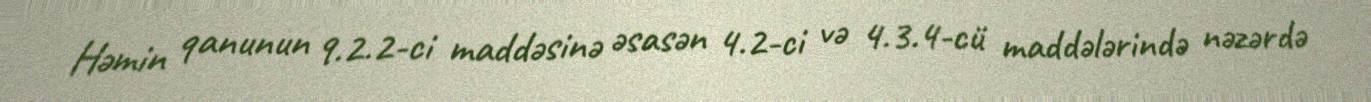
Həmin qanunun 9.2.2-ci maddəsinə əsasən 4.2-ci və 4.3.4-cü maddələrində nəzərdə